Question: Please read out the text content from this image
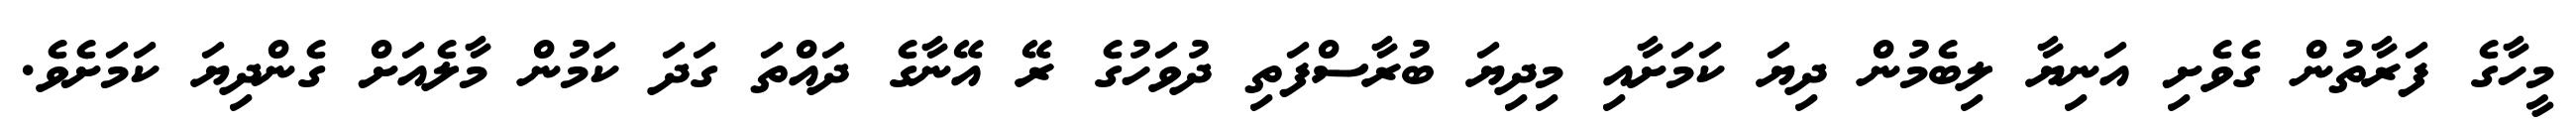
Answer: މީހާގެ ފަރާތުން ގެވެށި އަނިޔާ ލިބެމުން ދިޔަ ކަމަށާއި މިދިޔަ ބުރާސްފަތި ދުވަހުގެ ރޭ އޭނާގެ ދައްތަ ގަދަ ކަމުން މާލެއަށް ގެންދިޔަ ކަމަށެވެ.